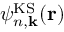
\psi _ { n , { \bf k } } ^ { \mathrm { K S } } ( { \bf r } )